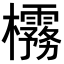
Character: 𪴟